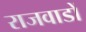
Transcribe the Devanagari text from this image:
राजवाडों